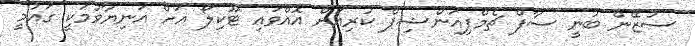
ސުޒޭން ބުނީ ސާފް ޗެމްޕިއަންޝިޕް ކުރިއަށް އޮއްވައި ޓޫކިލޯ އަށް އަނިޔާވުމަކީ ގައުމީ